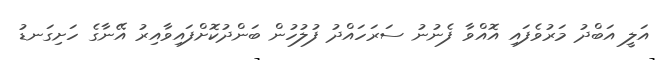
އަލީ އަބްދު މަރުވެފައި އޮއްވާ ފެނުނު ސަރަހައްދު ފުލުހުން ބަންދުކޮށްފައިވާއިރު އޭނާގެ ހަށިގަނޑު